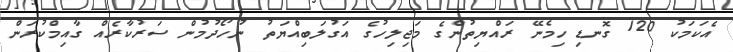
އެކަމަކު 120 ގޮނޑި ހިމެނޭ ރައްޔިތުންގެ މަޖިލިހުގެ އަގުލަބިއްޔަތު ނުހޯދުމުން ސަރުކާރެއް ގާއިމްކުރަން